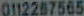
0112287565